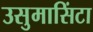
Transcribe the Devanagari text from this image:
उसुमासिंटा